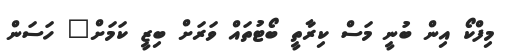
މިފްކޯ އިން ބުނީ މަސް ކިރާތީ ބޯޓުތައް ވަރަށް ބިޒީ ކަމަށް" ހަސަން